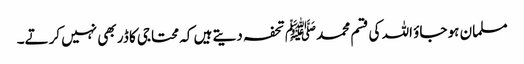
مسلمان ہو جاؤ اللہ کی قسم محمدﷺ تحفہ دیتے ہیں کہ محتاجی کا ڈر بھی نہیں کرتے۔